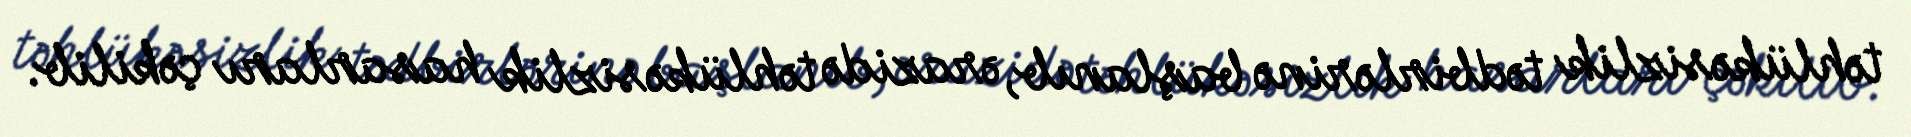
təhlükəsizlik tədbirlərinə başlanıb, ərazidə təhlükəsizlik hasarları çəkilib.